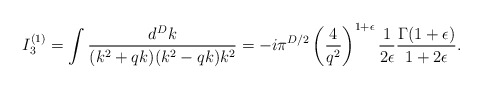
\begin{align*}I_3^{(1)}=\int\frac{d^Dk}{(k^2+qk)(k^2-qk)k^2}=-i\pi^{D/2}\left(\frac{4}{q^2}\right)^{1+\epsilon}\frac{1}{2\epsilon}\frac{\Gamma(1+\epsilon)}{1+2\epsilon}.\end{align*}